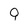
Character: 9